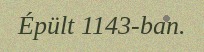
Épült 1143-ban.